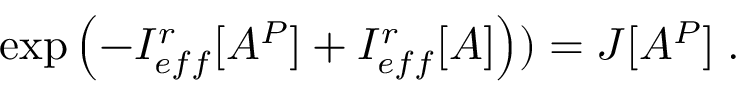
\exp \left( - I _ { e f f } ^ { r } [ A ^ { P } ] + I _ { e f f } ^ { r } [ A ] \right) ) = { \cal J } [ A ^ { P } ] \; .